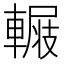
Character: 𨍺